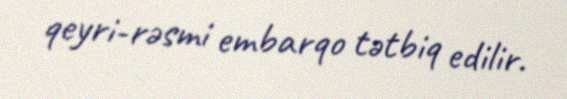
qeyri-rəsmi embarqo tətbiq edilir.